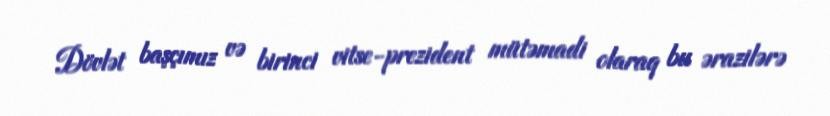
Dövlət başçımız və birinci vitse-prezident mütəmadi olaraq bu ərazilərə